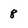
Character: 8